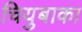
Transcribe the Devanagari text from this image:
चियुबाका